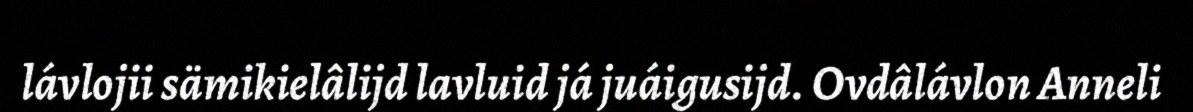
lávlojii sämikielâlijd lavluid já juáigusijd. Ovdâlávlon Anneli